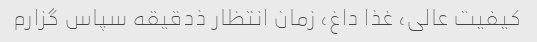
کیفیت عالی، غذا داغ، زمان انتظار ذدقیقه سپاس گزارم